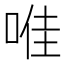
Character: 𱓊